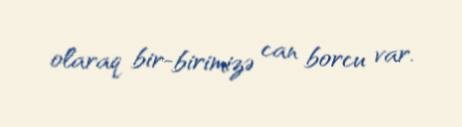
olaraq bir-birimizə can borcu var.